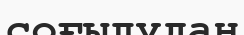
соғылудан